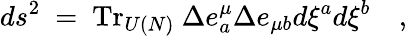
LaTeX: ds^{2}~=~\mathrm{Tr}_{U(N)}~\Delta e_{a}^{\mu}\Delta e_{\mu b}d\xi^{a}d\xi^{b}\quad,